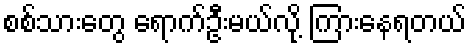
စစ်သားတွေ ရောက်ဦးမယ်လို့ ကြားနေရတယ်